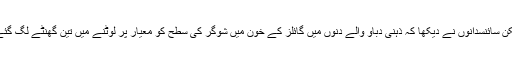
لیکن سائنسدانوں نے دیکھا کہ ذہنی دباؤ والے دنوں میں گائلز کے خون میں شوگر کی سطح کو معیار پر لوٹنے میں تین گھنٹے لگ گئے۔